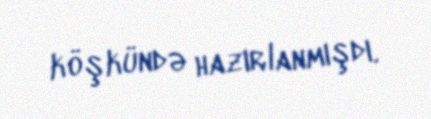
köşkündə hazırlanmışdı.